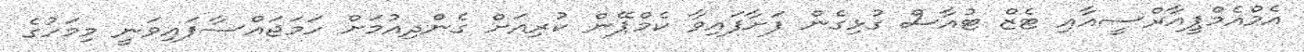
އެމްއެމްޕީއާރްސީއާއި ޓެޒް ޓުއާސް ގުޅިގެން ފަށާފައިވާ ކެމްޕޭން ކުރިއަށް ގެންދިއުމަށް ހަމަޖައްސާފައިވަނީ މިމަހުގެ